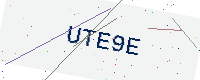
Text: UTE9E